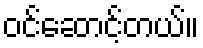
ဝင်ဆောင့်တယ်။